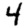
Digit: 4